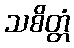
သစိတ္တံ